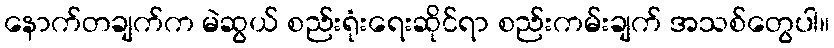
နောက်တချက်က မဲဆွယ် စည်းရုံးရေးဆိုင်ရာ စည်းကမ်းချက် အသစ်တွေပါ။